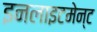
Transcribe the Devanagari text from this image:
इनलाइटमेन्ट